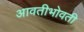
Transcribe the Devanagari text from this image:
आवतीभोवती